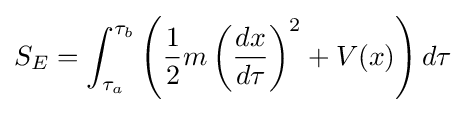
S_{E}=\int _{\tau _{a}}^{\tau _{b}}\left({\frac {1}{2}}m\left({\frac {dx}{d\tau }}\right)^{2}+V(x)\right)d\tau